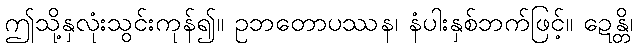
ဤသို့နှလုံးသွင်းကုန်၍။ ဥဘတောပဿန၊ နံပါးနှစ်ဘက်ဖြင့်။ ဍေန္တိ၊